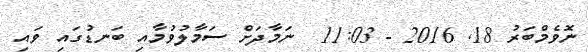
ނޮވެމްބަރު 18